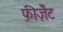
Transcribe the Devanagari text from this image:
फ़ीज़ैंट